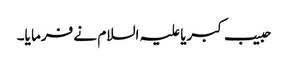
حبیب کبریا علیہ السلام نے فرما یا۔